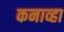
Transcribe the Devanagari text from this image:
कनाव्हा